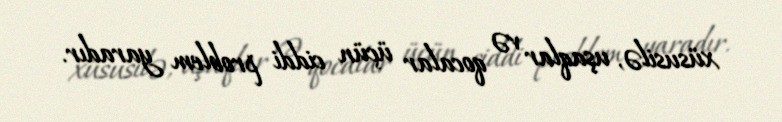
xüsusilə, uşaqlar və qocalar üçün ciddi problem yaradır.